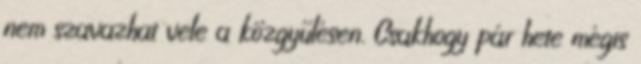
nem szavazhat vele a közgyűlésen. Csakhogy pár hete mégis